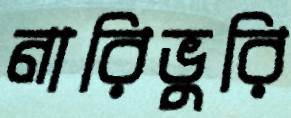
নারিভুরি